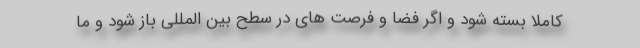
کاملا بسته شود و اگر فضا و فرصت های در سطح بین المللی باز شود و ما